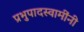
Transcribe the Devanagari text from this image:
प्रभुपादस्वामींनी